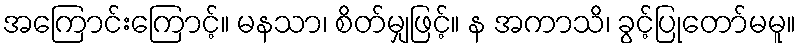
အကြောင်းကြောင့်။ မနသာ၊ စိတ်မျှဖြင့်။ န အကာသိ၊ ခွင့်ပြုတော်မမူ။